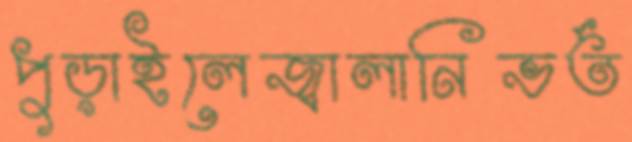
পুড়াইলেজ্বালানিভর্ত